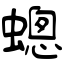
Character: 蟌